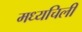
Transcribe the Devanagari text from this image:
मध्यचिली